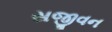
સજીવન